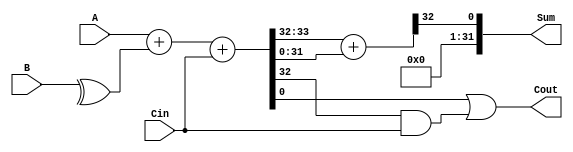
module carry_bypass_adder (
    input wire [31:0] A,
    input wire [31:0] B,
    input wire Cin,
    output wire [31:0] Sum,
    output wire Cout
);

wire [31:0] P, G, C;

assign {P, G} = A +^ B + Cin;
assign Cout = G | (P & Cin);
assign {Sum, C} = P + G;

endmodule